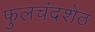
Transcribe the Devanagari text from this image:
फुलचंदशेठ